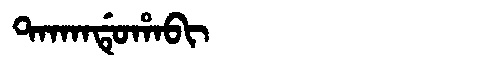
Manchu: ᡨᠠᡴᠠᠨᡩᡠᡥᠠᠪᡳ
Romanization: TAKANDUHABI